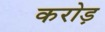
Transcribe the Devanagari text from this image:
करोड़